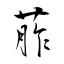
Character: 葄